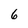
Character: 6